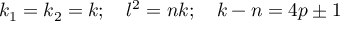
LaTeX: k _ { 1 } = k _ { 2 } = k ; \quad l ^ { 2 } = n k ; \quad k - n = 4 p \pm 1